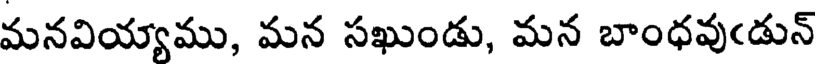
మనవియ్యాము, మన సఖుండు, మన బాంధవుఁడున్